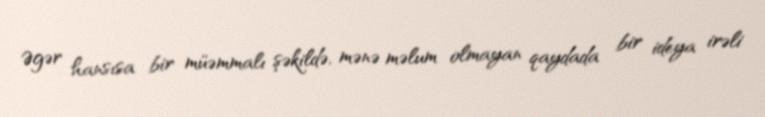
Əgər hansısa bir müəmmalı şəkildə, mənə məlum olmayan qaydada bir ideya irəli